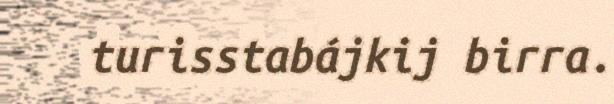
turisstabájkij birra.